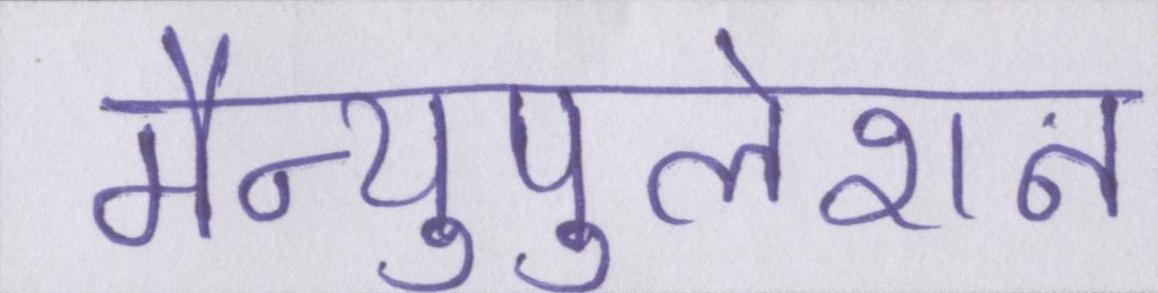
मैन्युपुलेशन